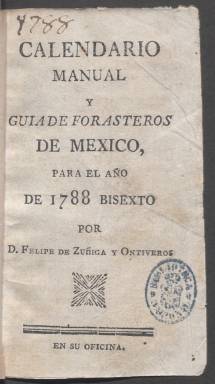
Título: Calendario manual y guía de forasteros de México
Colección: Guías y directorios
Ámbito geográfico: México
Lugar de publicación: México
Fechas: 01/01/1788-31/12/1821